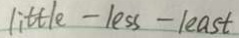
l i t t l e - l e s s - l e a s t